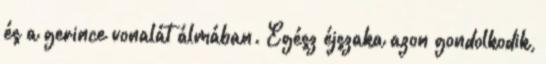
és a gerince vonalát álmában. Egész éjszaka azon gondolkodik,